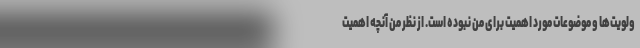
ولویت‌ها و موضوعات مورد اهمیت برای من نبوده است. از نظر من آنچه اهمیت